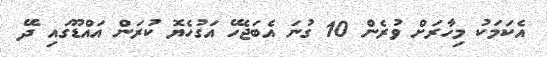
އެކަމަކު މިހާރަށް ވުރެން 10 ގުނަ އެބަޖެހޭ އަގުހެޔޮ ކުރަން އައްޑޫގައި ދޭ